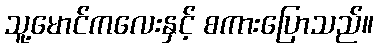
သူ့မောင်ကလေးနှင့် စကားပြောသည်။